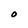
Character: O